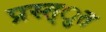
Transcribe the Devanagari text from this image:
प्रस्त्ुत